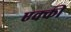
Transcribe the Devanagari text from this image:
एक्की